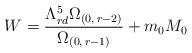
LaTeX: \begin{align*}W=\frac{\Lambda _{rd}^{5}\Omega_{(0,\,r-2)}}{\Omega_{(0,\,r-1)}}+m_{0}M_{0}\end{align*}